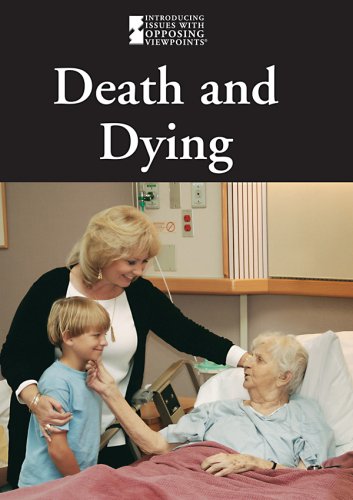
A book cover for Death and Dying (Introducing Issues With Opposing Viewpoints); Jacqueline Langwith; Teen & Young Adult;